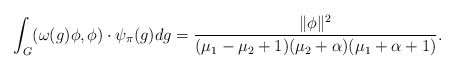
\begin{align*}\int_G(\omega(g)\phi,\phi) \cdot \psi_{\pi}(g)dg=\frac{\|\phi\|^2}{(\mu_1-\mu_2+1)(\mu_2+\alpha)(\mu_1+\alpha+1)}.\end{align*}